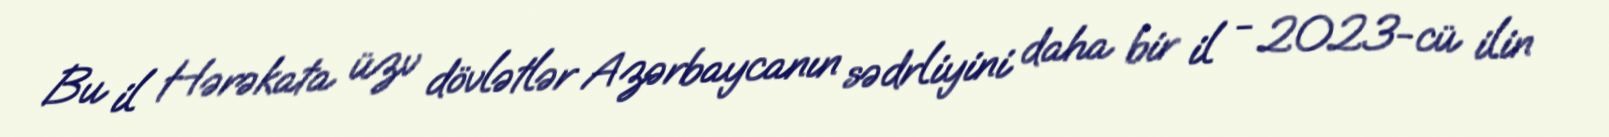
Bu il Hərəkata üzv dövlətlər Azərbaycanın sədrliyini daha bir il - 2023-cü ilin